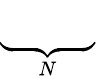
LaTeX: \underbrace{\phantom{-RD_{\theta}^{(1)}}}_{N}\,